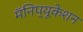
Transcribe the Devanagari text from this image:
मॅनिप्यूकेशन